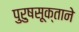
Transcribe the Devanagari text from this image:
पुरुषसूक्ताने